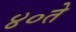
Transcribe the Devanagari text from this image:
४०ते